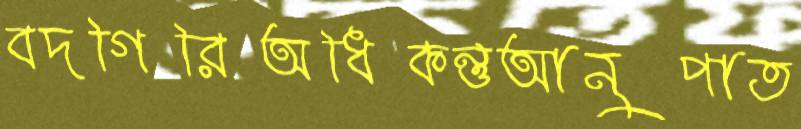
বদগিরিঅধিকন্তুআনুপাত